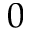
0